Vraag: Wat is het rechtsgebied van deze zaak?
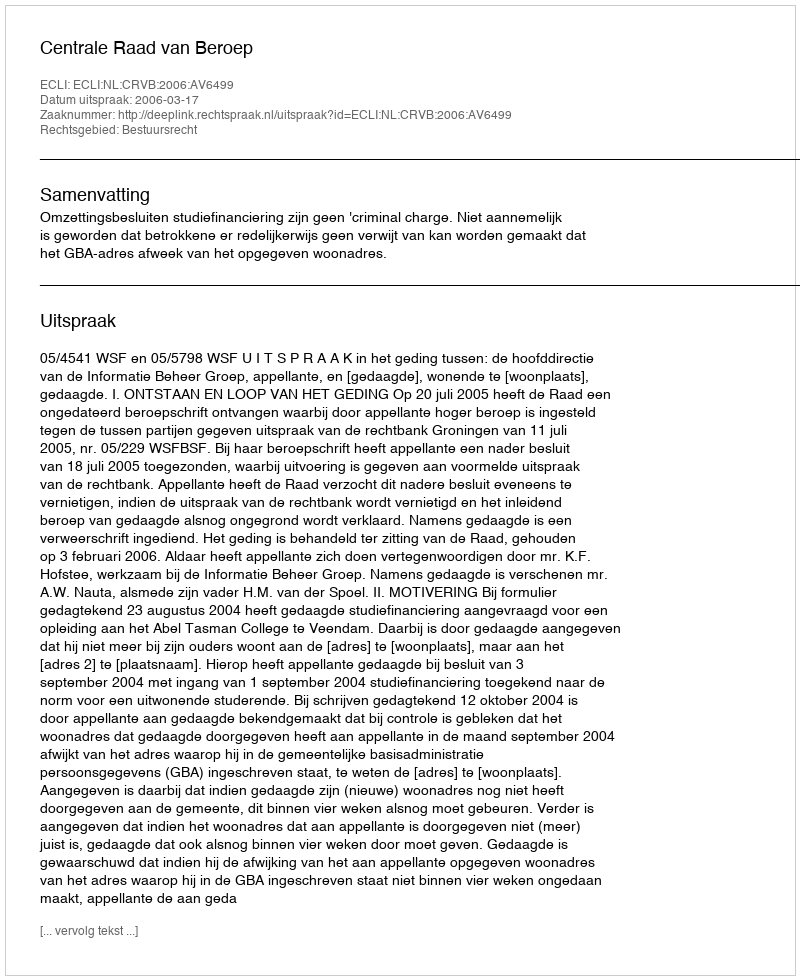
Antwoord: Bestuursrecht